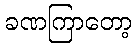
ခဏကြာတော့